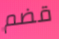
قضم